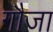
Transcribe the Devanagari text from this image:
गौजा